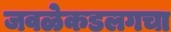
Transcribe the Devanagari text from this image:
जवळेकडलगचा